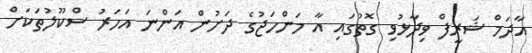
އާދަމް ޝަރީފް ވިދާޅުވި ގޮތުގައި އާ މަންހަޖުގެ ދަށުން އަންނަ އަހަރު ސްކޫލުތަކަށް